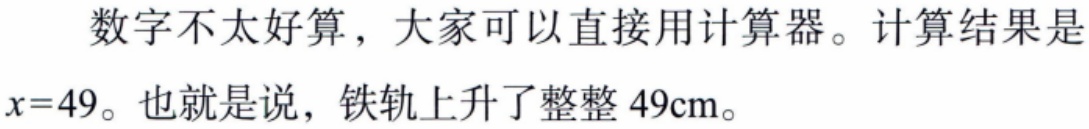
数字不太好算，大家可以直接用计算器。计算结果是
\(x = 49\)。也就是说，铁轨上升了整整 \(49\text{cm}\)。